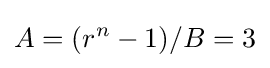
A=(r^{n}-1)/B=3